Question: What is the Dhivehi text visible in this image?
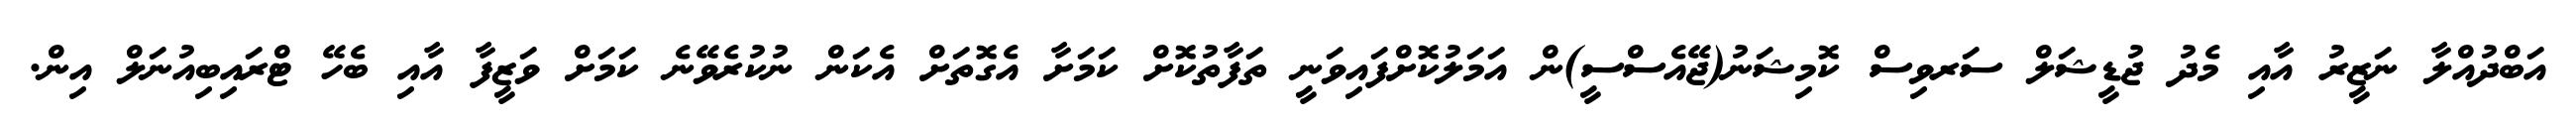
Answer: އަބްދުއްލާ ނަޒީރު އާއި މެދު ޖުޑީޝަލް ސަރވިސް ކޮމިޝަނު(ޖޭއެސްސީ)ން އަމަލުކޮށްފައިވަނީ ތަފާތުކޮށް ކަމަށާ އެގޮތަށް އެކަން ނުކުރެވޭނެ ކަމަށް ވަޒީފާ އާއި ބެހޭ ޓްރައިބިއުނަލް އިން.